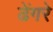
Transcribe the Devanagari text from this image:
ढेंगरे